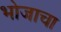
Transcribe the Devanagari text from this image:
भोजाचा